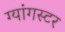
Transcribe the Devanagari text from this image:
ग्यांगस्टर